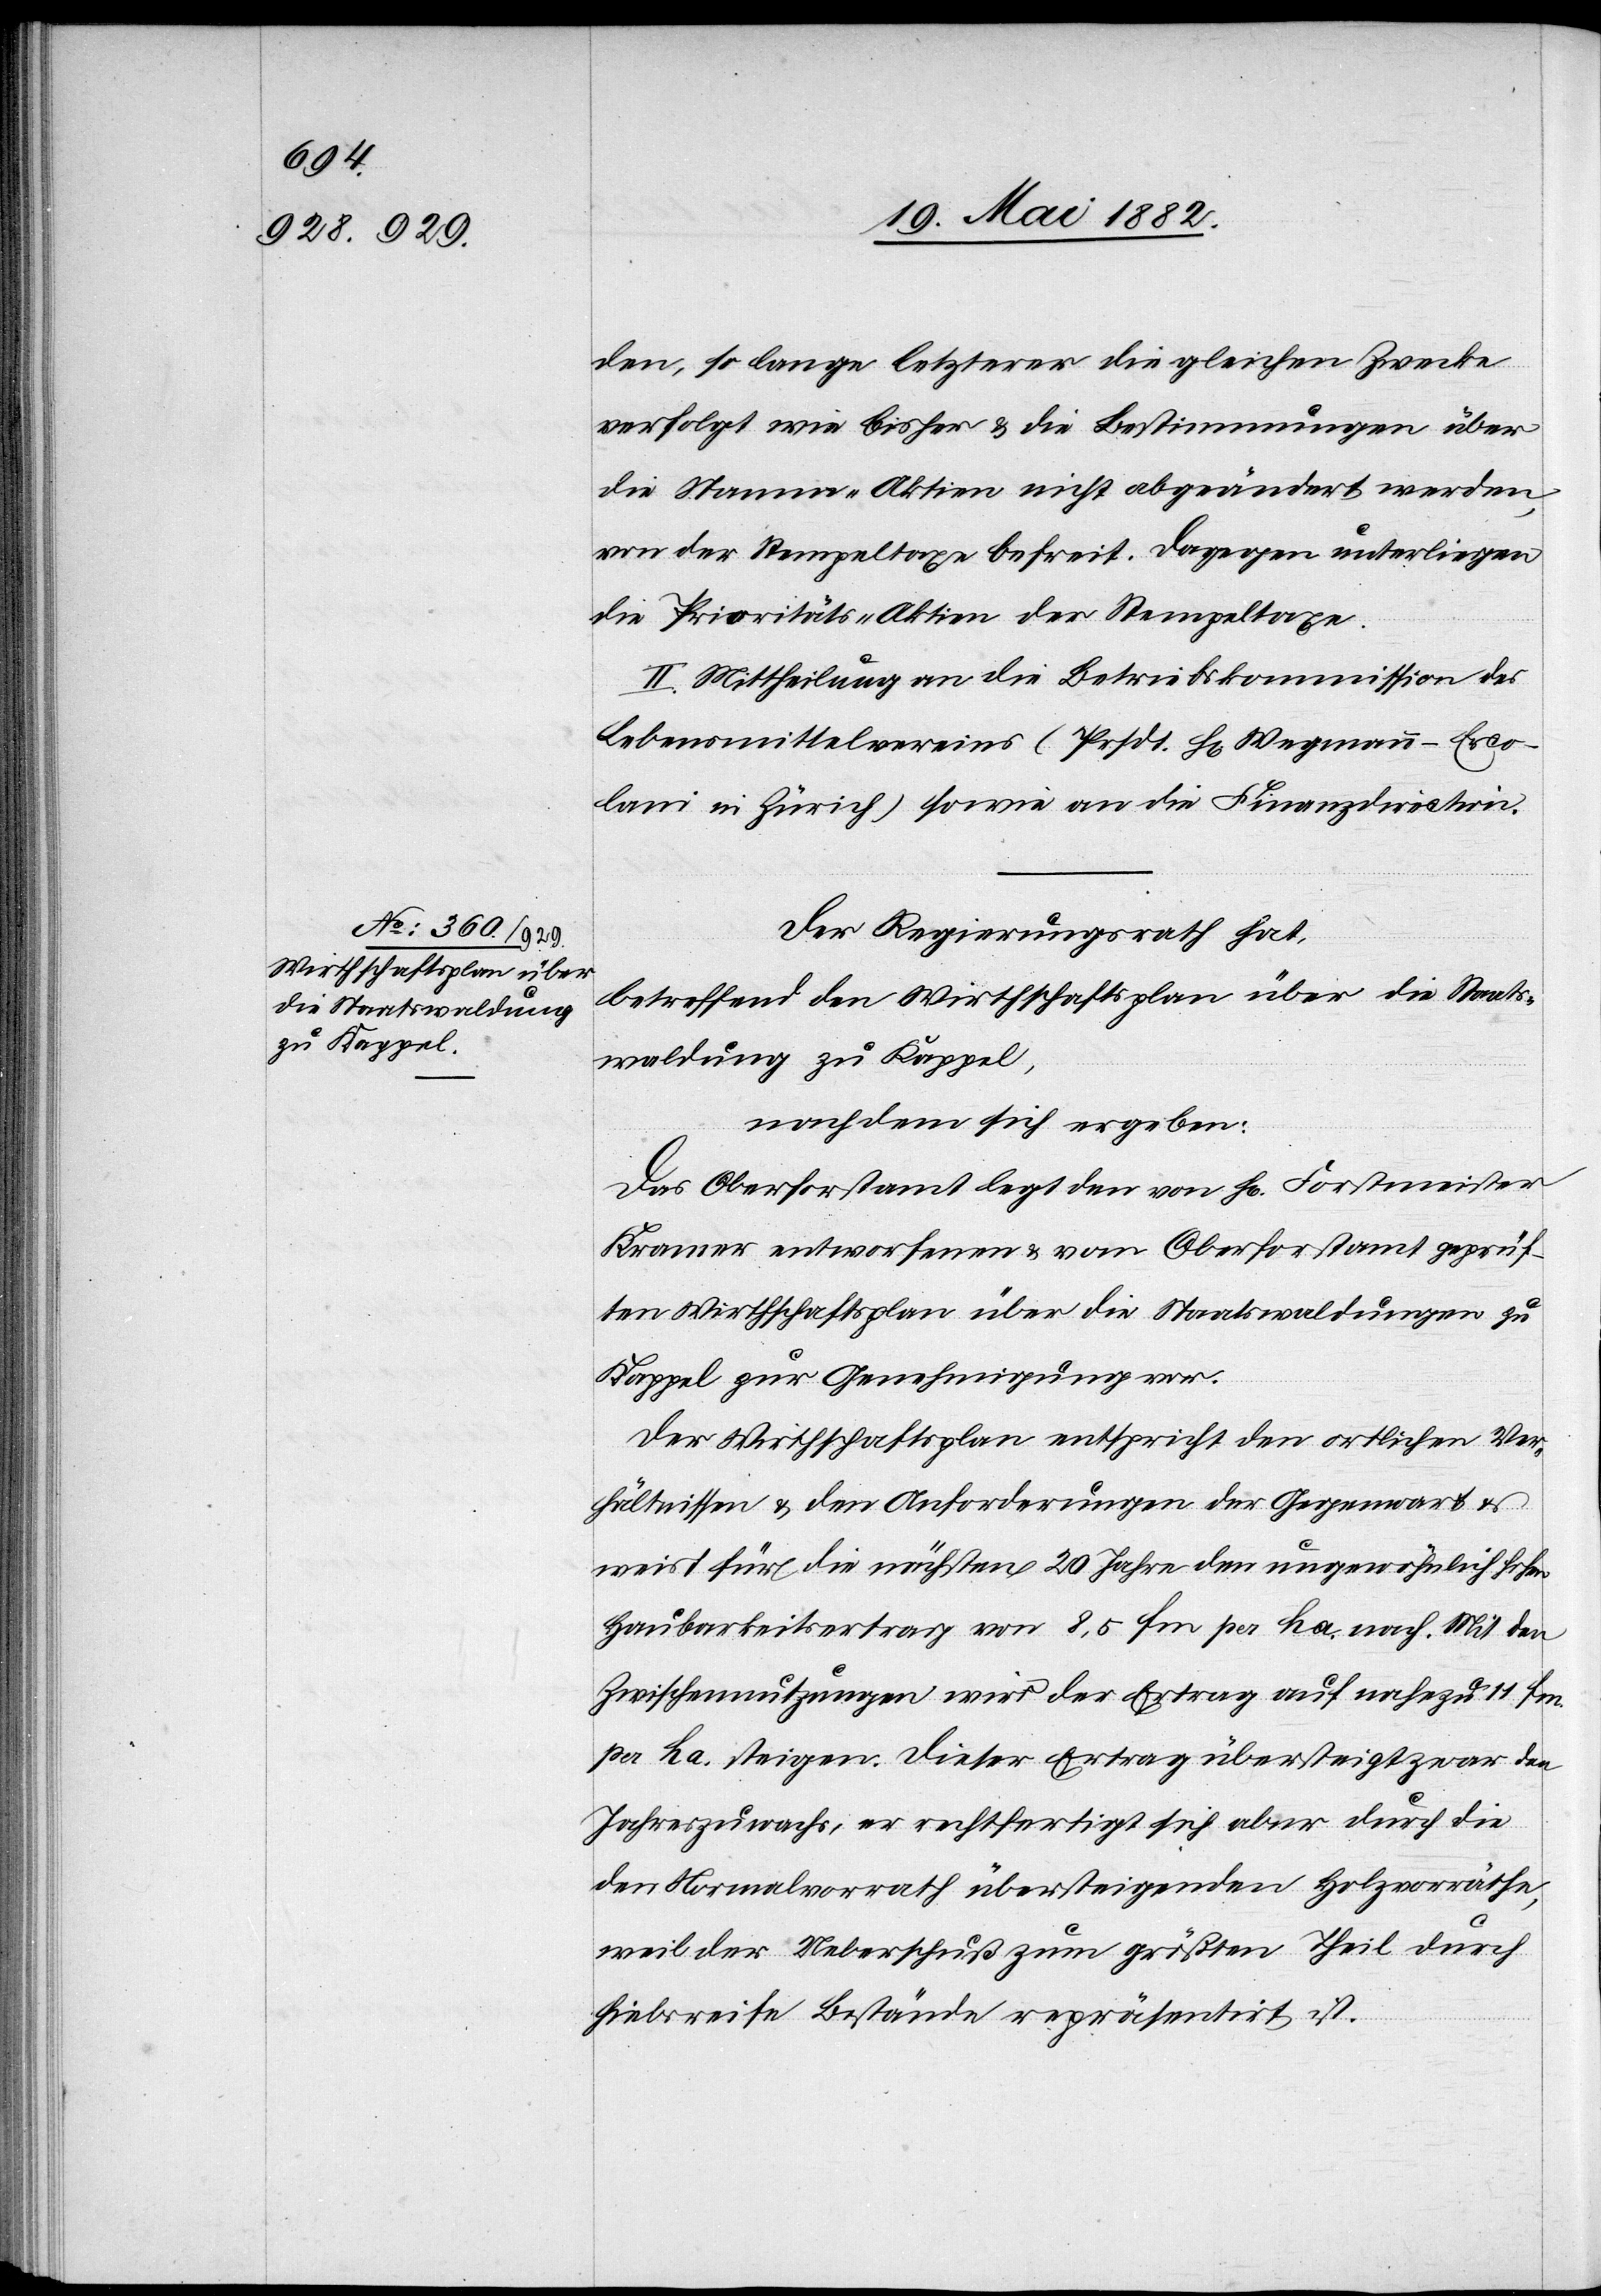
Wirthschaftsplan über
die Staatswaldung
zu Kappel,

den, so lange letzterer die gleichen Zwecke
verfolgt wie bisher & die Bestimmungen über
die Stamm-Aktien nicht abgeändert werden,
von der Stempeltaxe befreit. Dagegen unterliegen
die Prioritäts-Aktien der Stempeltaxe.
II. Mittheilung an die Betriebskommission des
Lebensmittelvereins (Prsdt. Hr. Wegmann-Erco¬
lani in Zürich) sowie an die Finanzdirection.
Der Regierungsrath,
nachdem sich ergeben:
Das Oberforstamt legt den von H[rn]. Forstmeister
Kramer entworfenen & vom Oberforstamt geprüf¬
ten Wirthschaftsplan über die Staatswaldungen zu
Kappel zur Genehmigung vor.
Der Wirthschaftsplan entspricht den örtlichen Ver¬
hältnissen & den Anforderungen der Gegenwart &
weist für die nächsten 20 Jahre den ungewöhnlich hohen
Haubarkeitsertrag von 8,5 ha nach. Mit den
Zwischennutzungen wird der Ertrag auf nahezu 11 fm.
per ha steigen. Dieser Ertrag übersteigt zwar den
Jahreszuwachs, er rechtfertigt sich aber durch die
den Normalwerth übersteigenden Holzvorräthe,
weil der Ueberschuß zum größten Theil durch
hiebsreife Bestände repräsentirt ist.